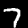
Digit: 7